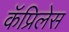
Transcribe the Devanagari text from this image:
कॅप्रिलेस